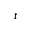
_ t